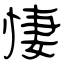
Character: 悽